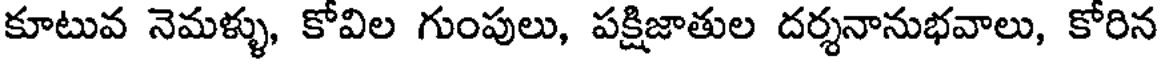
కూటువ నెమళ్ళు, కోవిల గుంపులు, పక్షిజాతుల దర్శనానుభవాలు, కోరిన